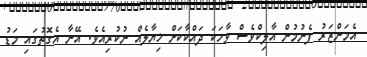
އެމަންޒަރު ފެނުމުން އާލިކްވެސް ވާހަކަ ދައްކާކަށް ޚިޔާލެއް ނުކުރިއެވެ. އޭނާ އެގޮތުގައި މަޑު